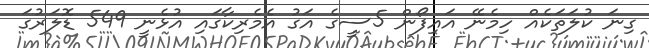
ގިނަ ކުލަތަކެއް ހިމެނޭ އައިފޯން 5ސީގެ އަގު އެމެރިކާގައި އުޅެނީ 549 ޑޮލަރުގަ